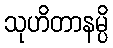
သုဟိတာနမ္ပိ